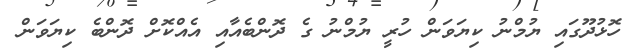
ހޮޅުދޫގައި ޔުމްނު ކިޔަވަން ހުރީ ޔުމްނު ގެ ދޮންބެއާއި އެއްކޮށް ދޮންބެ ކިޔަވަން